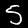
Label: 5